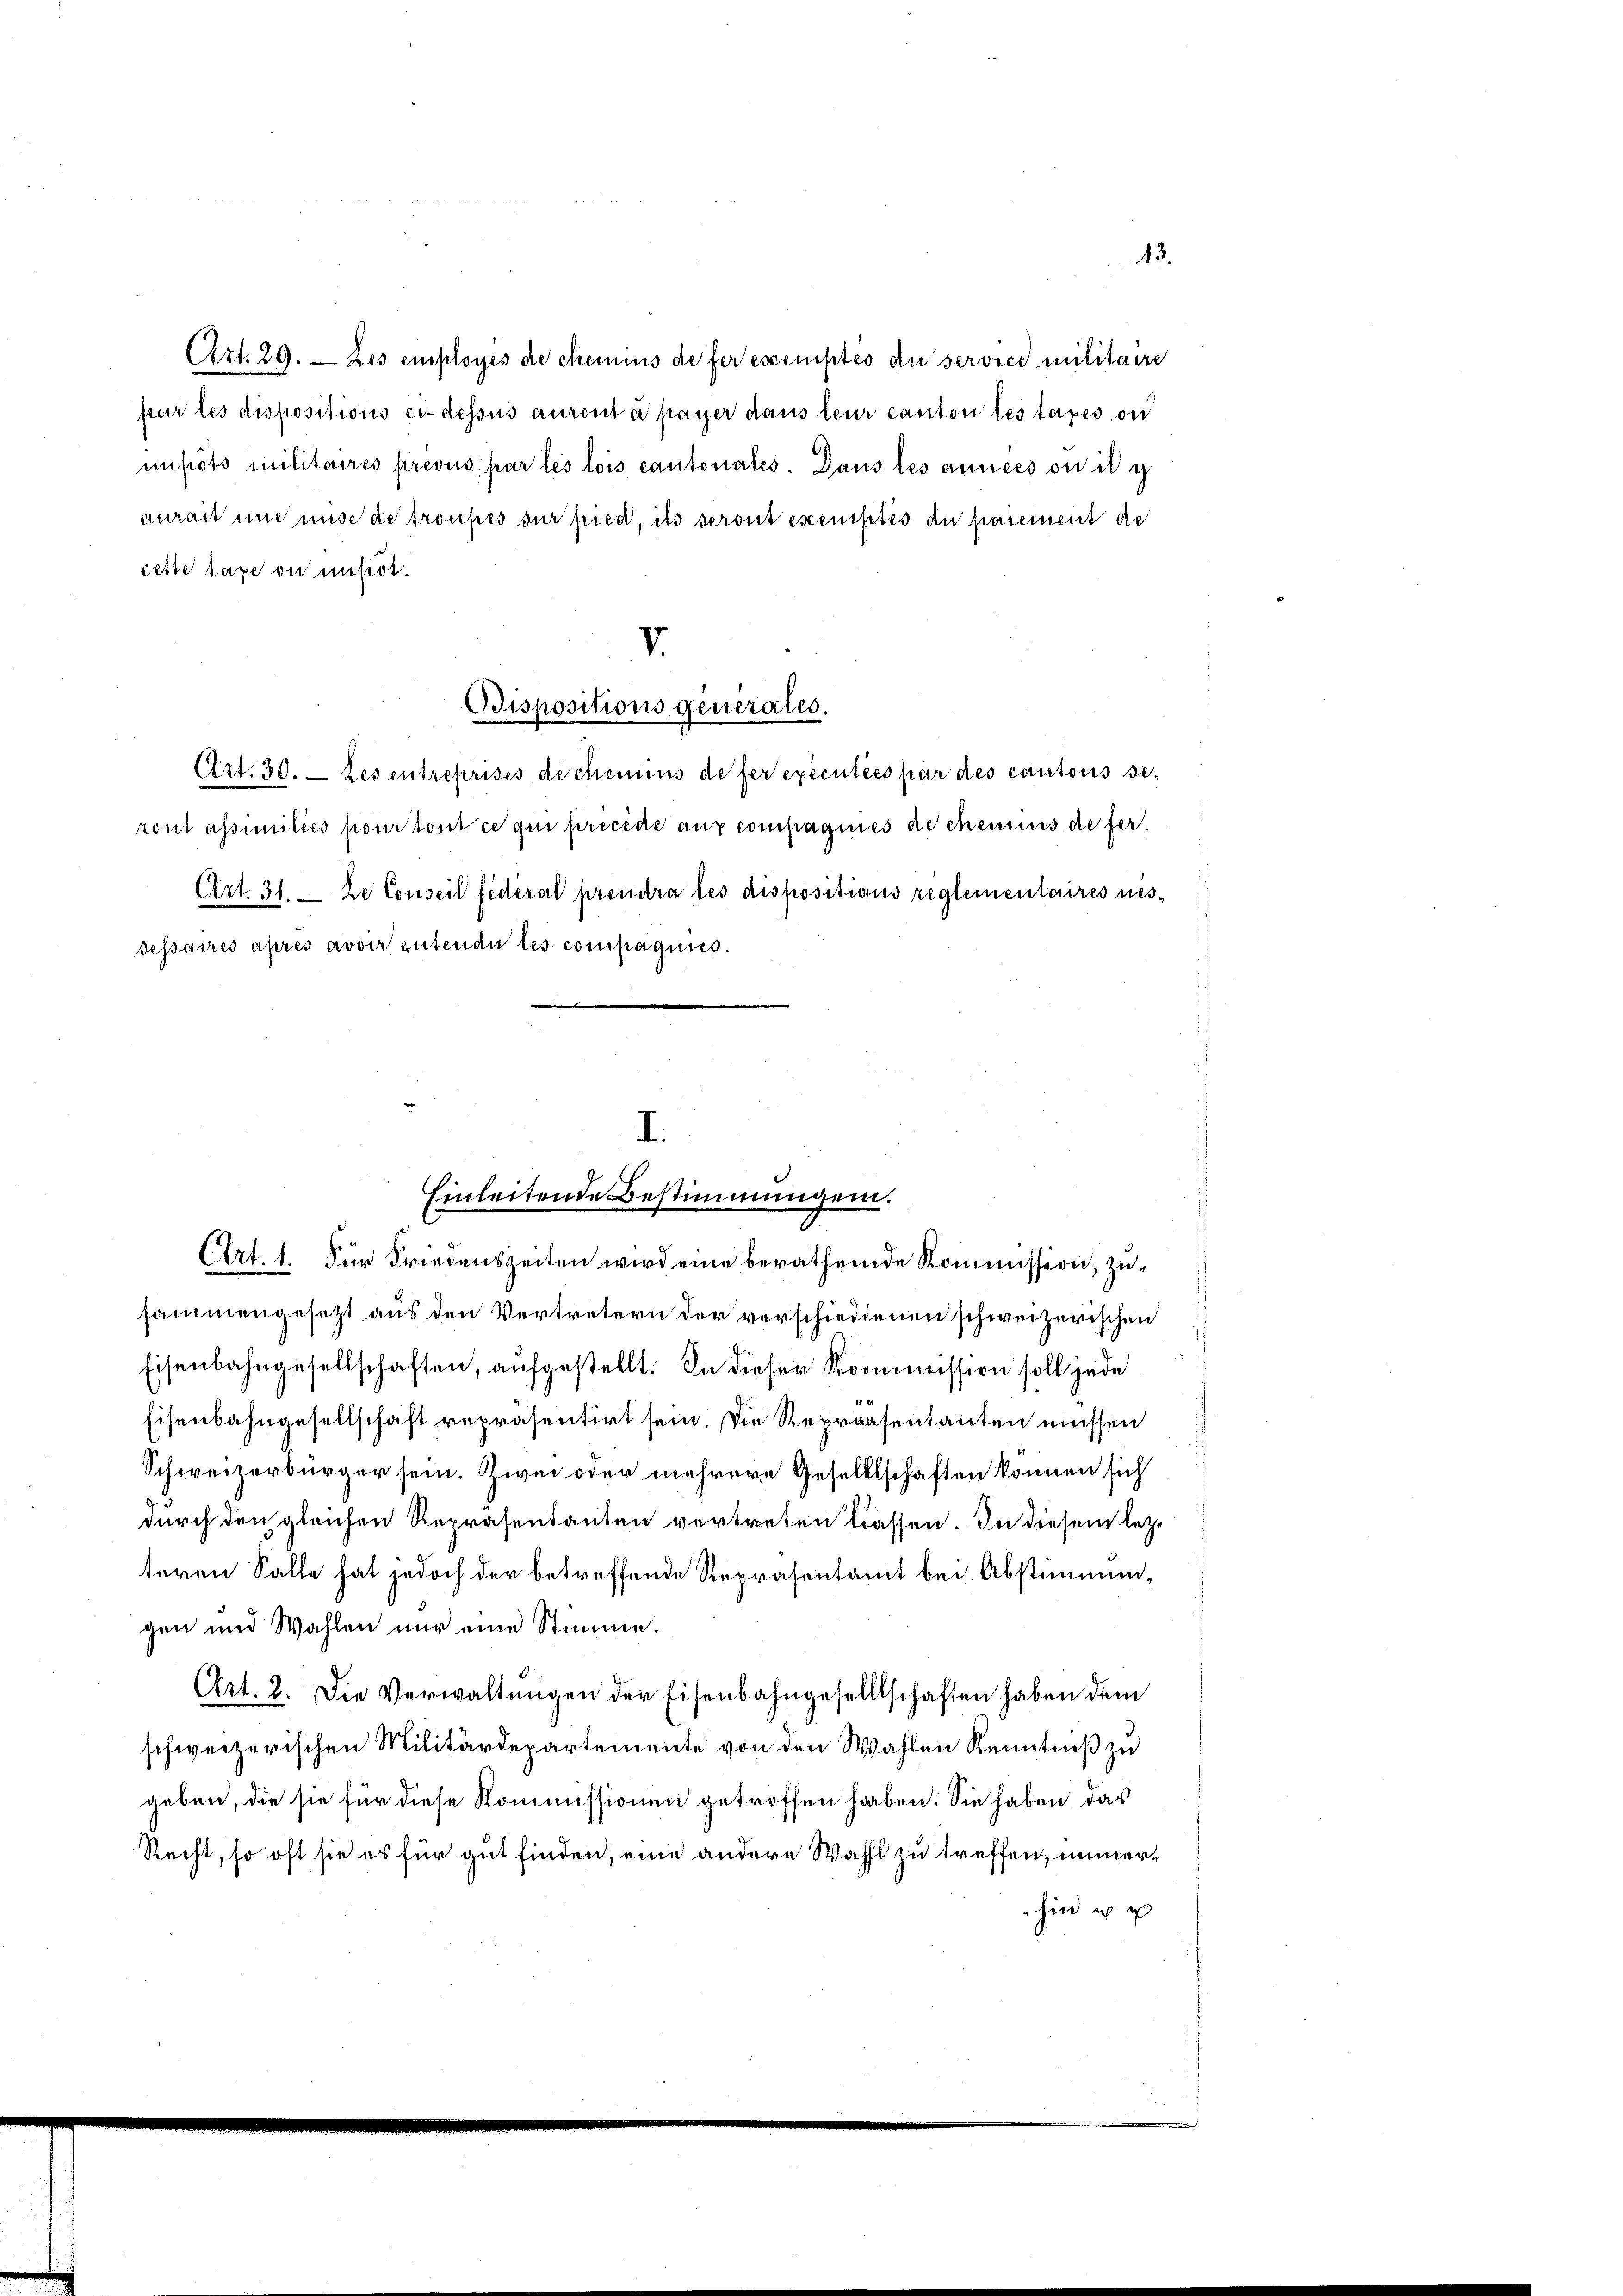
Art. 29. Les employés de chemnis de fer exemptés du service militaire
par les dispositions ci-dessus auront à payer dans leur canton des taxes und
nipots militaires prévus par les lois cantonales. Dans les années ou il y
aurait und unse de troupes sur pied, ils seront erenistes du paiement de
cette taxe ou musst.
V.
Bispositions generates.
Art. 30. Les entreprises de chemins de fer exécutées par des cantons seront assimiliés pour tout ce qui precede aux compagnies de chemnis de fer¬
Art. 31. De Conseil fédéral prendra les dispositions reglementaires nessessaires après avoir gutende les compagnis.

I.
Einleitende Bestimmungen.
Art. 1. Für Friedenszeiten wird eine berathende Kommission, zu¬

13.

sammengesetzt aus den Vertretern der verschiedenen schweizerischen
Eisenbahngesellschaften, aufgestellt. In dieser Kommission soll jede
Eisenbahngesellschaft repräsentirt sein. Die Repraesentanten müssen
Schweizerbürger sein. Zwei oder mehrere Gesellschaften können sich
durch den gleichen Repräsentanten vertreten lassen. In diesem letzt
teren Salle hat jedoch der betreffende Repräsentamt bei Abstimmungen und Wahlen nur eine Stimme.
Art. 2. Die Verwaltungen der Eisenbahngesellschaften haben dem
schweizerischen Militärdepartemente von den Wahlen Kenntniß zu
geben, die sie für diese Kommissionen getroffen haben. Sie haben das
Recht, so oft sie es für gut finden, eine andere Wahl zu treffen, immerhin ich u